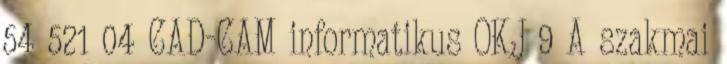
54 521 04 CAD-CAM informatikus OKJ 9 A szakmai